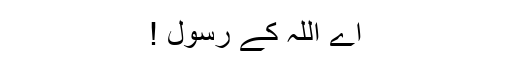
اے اللہ کے رسول !